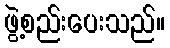
ဖွဲ့စည်းပေးသည်။